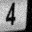
Digit: 4